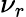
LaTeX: \nu_{r}